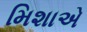
મિશાએ